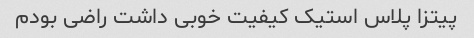
پیتزا پلاس استیک کیفیت خوبی داشت راضی بودم